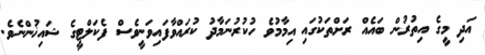
އަދި މީގެ އިތުރުން ބައެއް ރަށްތަކުގައި އިމާމުވެ ހުކުރުނަމާދު ކުރައްވާފައިވަނީވެސް ފެކަލްޓީގެ ޝައިޚުންނެވެ.